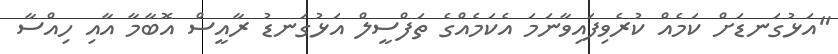
"އަޅުގަނޑަށް ކަމެއް ކުރެވިފައިވާނަމަ އެކަމެއްގެ ތަފްސީލް އަޅުގަނޑު ރާއީސް އޮބާމާ އާއި ހިއްސާ